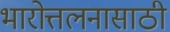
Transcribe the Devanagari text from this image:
भारोत्तलनासाठी